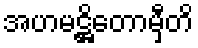
အဟမဋ္ဌိတောမှီတိ